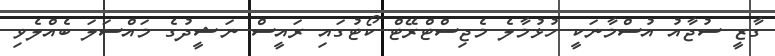
ގާޒީ ސުޖާއު އުސްމާނަކީ ހުޅުމާލެ މެޖިސްޓްރޭޓް ކޯޓުގައި ރައީސް ނަޝީދުގެ މައްސަލަ ބެއްލެވި